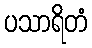
ပသာရိတံ